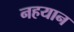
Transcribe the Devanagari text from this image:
नहयान